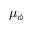
\mu _ { \phi }